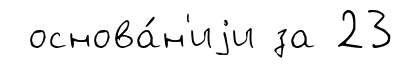
основа́н'иjи за 23